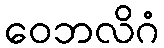
ဝေဘလိဂံ